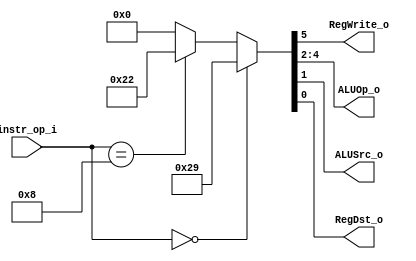
module Decoder( instr_op_i, RegWrite_o,	ALUOp_o, ALUSrc_o, RegDst_o );
     
    //I/O ports
    input	[6-1:0] instr_op_i;
    
    output			RegWrite_o;
    output	[3-1:0] ALUOp_o;
    output			ALUSrc_o;
    output			RegDst_o;
     
    //Internal Signals
    wire	[3-1:0] ALUOp_o;
    wire			ALUSrc_o;
    wire			RegWrite_o;
    wire			RegDst_o;
    
    //Main function
    /*your code here*/
    assign {RegWrite_o, ALUOp_o, ALUSrc_o, RegDst_o} = 
             (instr_op_i == 6'b000000) ? {1'b1, 3'b010, 1'b0, 1'b1} : // R-type
             (instr_op_i == 6'b001000) ? {1'b1, 3'b000, 1'b1, 1'b0} : // addi
             0 ;
    
endmodule